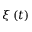
\xi \left( t \right)